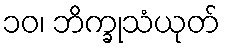
၁၀၊ ဘိက္ခုသံယုတ်